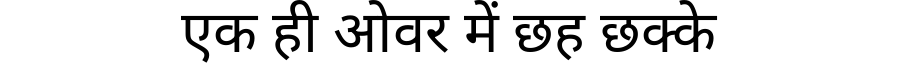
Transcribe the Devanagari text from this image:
एक ही ओवर में छह छक्के